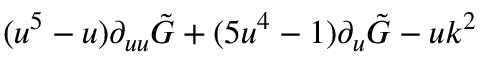
( u ^ { 5 } - u ) \partial _ { u u } \tilde { G } + ( 5 u ^ { 4 } - 1 ) \partial _ { u } \tilde { G } - u k ^ { 2 }